Plague in India, 1896, 1897 - Volume 1
Year: 1896
Disease focus: Plague
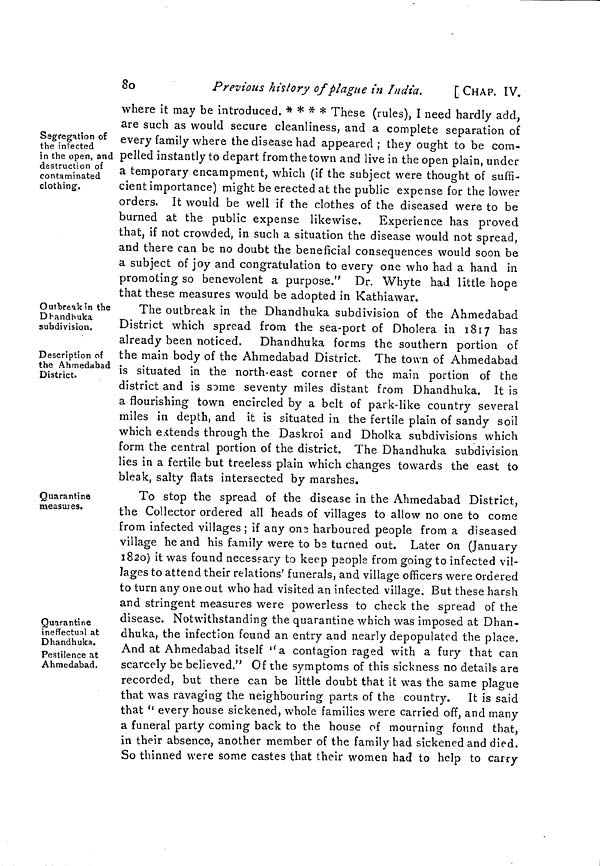
80
Previous history of plague in India.
[CHAP. IV.
Segregation of
the infected
in the open, and
destruction of
contaminated
clothing.
where it may be introduced. * * * * These (rules), I need hardly add,
are such as would secure cleanliness, and a complete separation of
every family where the disease had appeared ; they ought to be com-
pelled instantly to depart from the town and live in the open plain, under
a temporary encampment, which (if the subject were thought of suffi-
cient importance) might be erected at the public expense for the lower
orders. It would be well if the clothes of the diseased were to be
burned at the public expense likewise. Experience has proved
that, if not crowded, in such a situation the disease would not spread,
and there can be no doubt the beneficial consequences would soon be
a subject of joy and congratulation to every one who had a hand in
promoting so benevolent a purpose." Dr. Whyte had little hope
that these measures would be adopted in Kathiawar.
Outbreak in the
Dhandhuka
subdivision.
Description of
the Ahmedabad
District.
The outbreak in the Dhandhuka subdivision of the Ahmedabad
District which spread from the sea-port of Dholera in 1817 has
already been noticed. Dhandhuka forms the southern portion of
the main body of the Ahmedabad District. The town of Ahmedabad
is situated in the north-east corner of the main portion of the
district and is some seventy miles distant from Dhandhuka. It is
a flourishing town encircled by a belt of park-like country several
miles in depth, and it is situated in the fertile plain of sandy soil
which extends through the Daskroi and Dholka subdivisions which
form the central portion of the district. The Dhandhuka subdivision
lies in a fertile but treeless plain which changes towards the east to
bleak, salty flats intersected by marshes.
Quarantine
measures.
Quarantine
ineffectual at
Dhandhuka.
Pestilence at
Ahmedabad.
To stop the spread of the disease in the Ahmedabad District,
the Collector ordered all heads of villages to allow no one to come
from infected villages ; if any one harboured people from a diseased
village he and his family were to be turned out. Later on (January
1820) it was found necessary to keep people from going to infected vil-
lages to attend their relations' funerals, and village officers were ordered
to turn any one out who had visited an infected village. But these harsh
and stringent measures were powerless to check the spread of the
disease. Notwithstanding the quarantine which was imposed at Dhan-
dhuka, the infection found an entry and nearly depopulated the place.
And at Ahmedabad itself ''a contagion raged with a fury that can
scarcely be believed." Of the symptoms of this sickness no details are
recorded, but there can be little doubt that it was the same plague
that was ravaging the neighbouring parts of the country. It is said
that " every house sickened, whole families were carried off, and many
a funeral party coming back to the house of mourning found that,
in their absence, another member of the family had sickened and died.
So thinned were some castes that their women had to help to carry